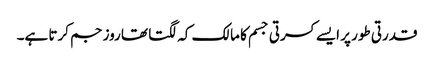
قدرتی طور پر ایسے کسرتی جسم کا مالک کہ لگتا تھا روز جم کرتا ہے۔